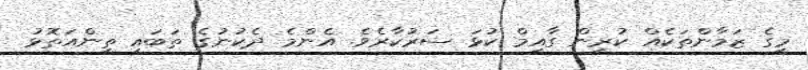
މީގެ ޒަމާންތަކެއް ކުރިން ގާއިމް ކުޅަ ސަރުކާރެވެ. އެންމެ ދެކުނުގެ ތަބައީ ތިންއަތޮޅު